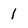
Character: 1